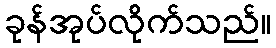
ခုန်အုပ်လိုက်သည်။